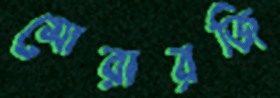
মোরারজি